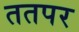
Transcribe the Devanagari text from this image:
ततपर